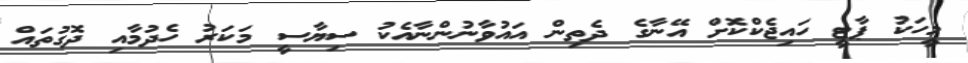
މީހަކު ޕާޓީ ހައިޖެކްކޮށް އޭނާގެ ދެތިން އައުވާނުންނާއެކު ސިޔާސީ މަކަރު ހެދުމާއި ދޮގުތައް